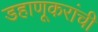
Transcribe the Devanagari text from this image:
डहाणूकरांची